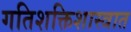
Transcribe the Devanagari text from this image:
गतिशक्तिशास्त्रात